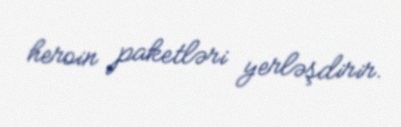
heroin paketləri yerləşdirir.